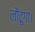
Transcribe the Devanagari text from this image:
लौटूंगा।